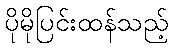
ပိုမိုပြင်းထန်သည့်